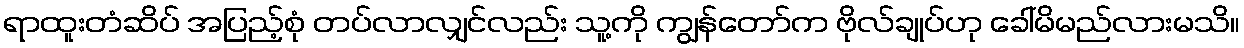
ရာထူးတံဆိပ် အပြည့်စုံ တပ်လာလျှင်လည်း သူ့ကို ကျွန်တော်က ဗိုလ်ချုပ်ဟု ခေါ်မိမည်လားမသိ။